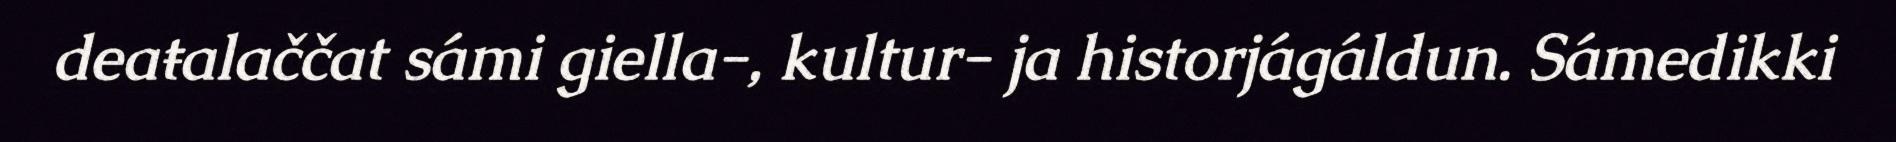
deaŧalaččat sámi giella-, kultur- ja historjágáldun. Sámedikki